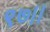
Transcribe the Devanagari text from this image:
९७।।